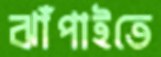
ঝাঁপাইতে